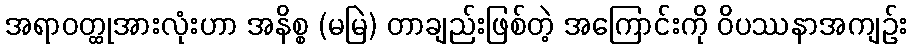
အရာဝတ္ထုအားလုံးဟာ အနိစ္စ (မမြဲ) တာချည်းဖြစ်တဲ့ အကြောင်းကို ဝိပဿနာအကျဉ်း